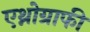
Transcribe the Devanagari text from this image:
एथ्नोग्राफी